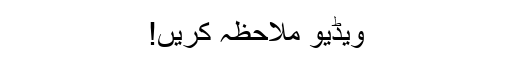
ویڈیو ملاحظہ کریں!